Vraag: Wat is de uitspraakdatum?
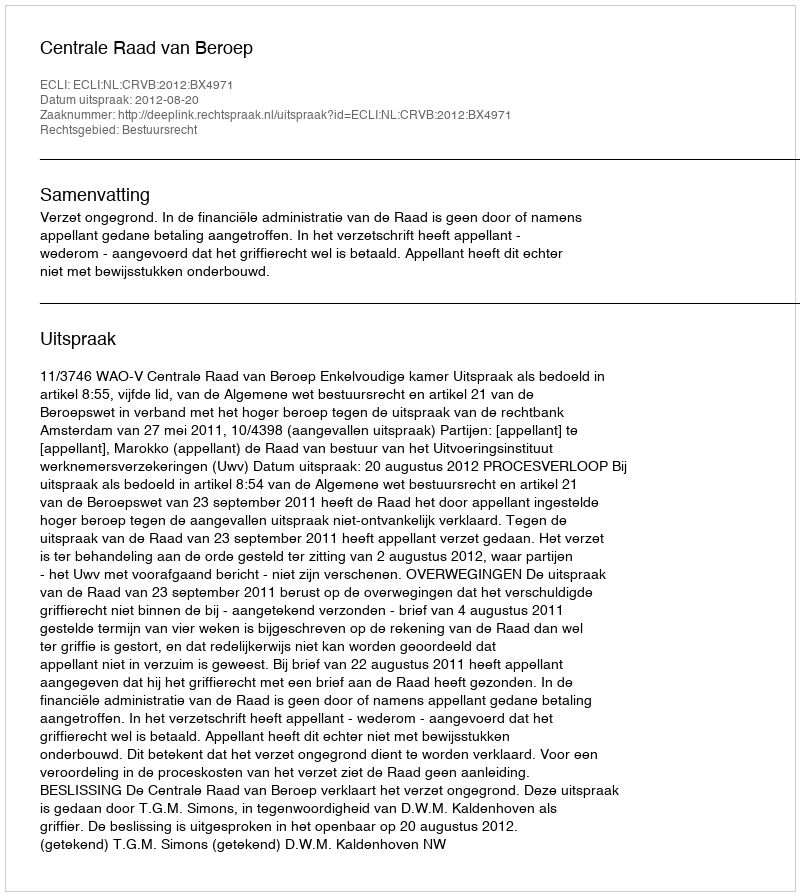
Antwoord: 2012-08-20